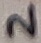
Text: 2